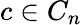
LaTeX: c\in C_{n}